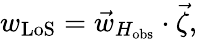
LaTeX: w_{\mathrm{LoS}}=\vec{w}_{H_{\mathrm{obs}}}\cdot\vec{\zeta},